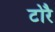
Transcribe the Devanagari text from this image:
टोरै